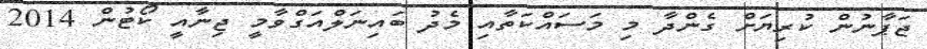
ޖަޕާނުން ކުރިޔަށް ގެންދާ މި މަސައްކަތާއި މެދު ބައިނަލްއަގްވާމީ ޖިނާއީ ކޯޓުން 2014